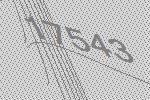
17543